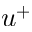
u ^ { + }